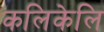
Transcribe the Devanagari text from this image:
कलिकेलि